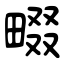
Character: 畷